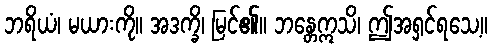
ဘရိယံ၊ မယားကို။ အဒက္ခိ၊ မြင်၏။ ဘန္တေဣသိ၊ ဤအရှင်ရသေ့။